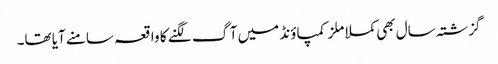
گزشتہ سال بھی کملا ملز کمپاؤنڈ میں آگ لگنے کا واقعہ سامنے آیا تھا۔